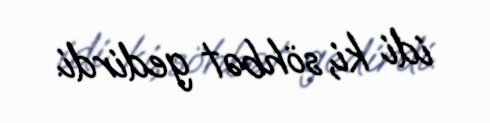
idi ki, söhbət gedirdi.